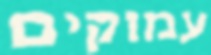
עמוקים